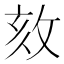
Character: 𢼵